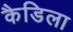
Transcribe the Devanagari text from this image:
कैडिला